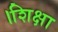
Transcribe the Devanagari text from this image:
।शिक्षा